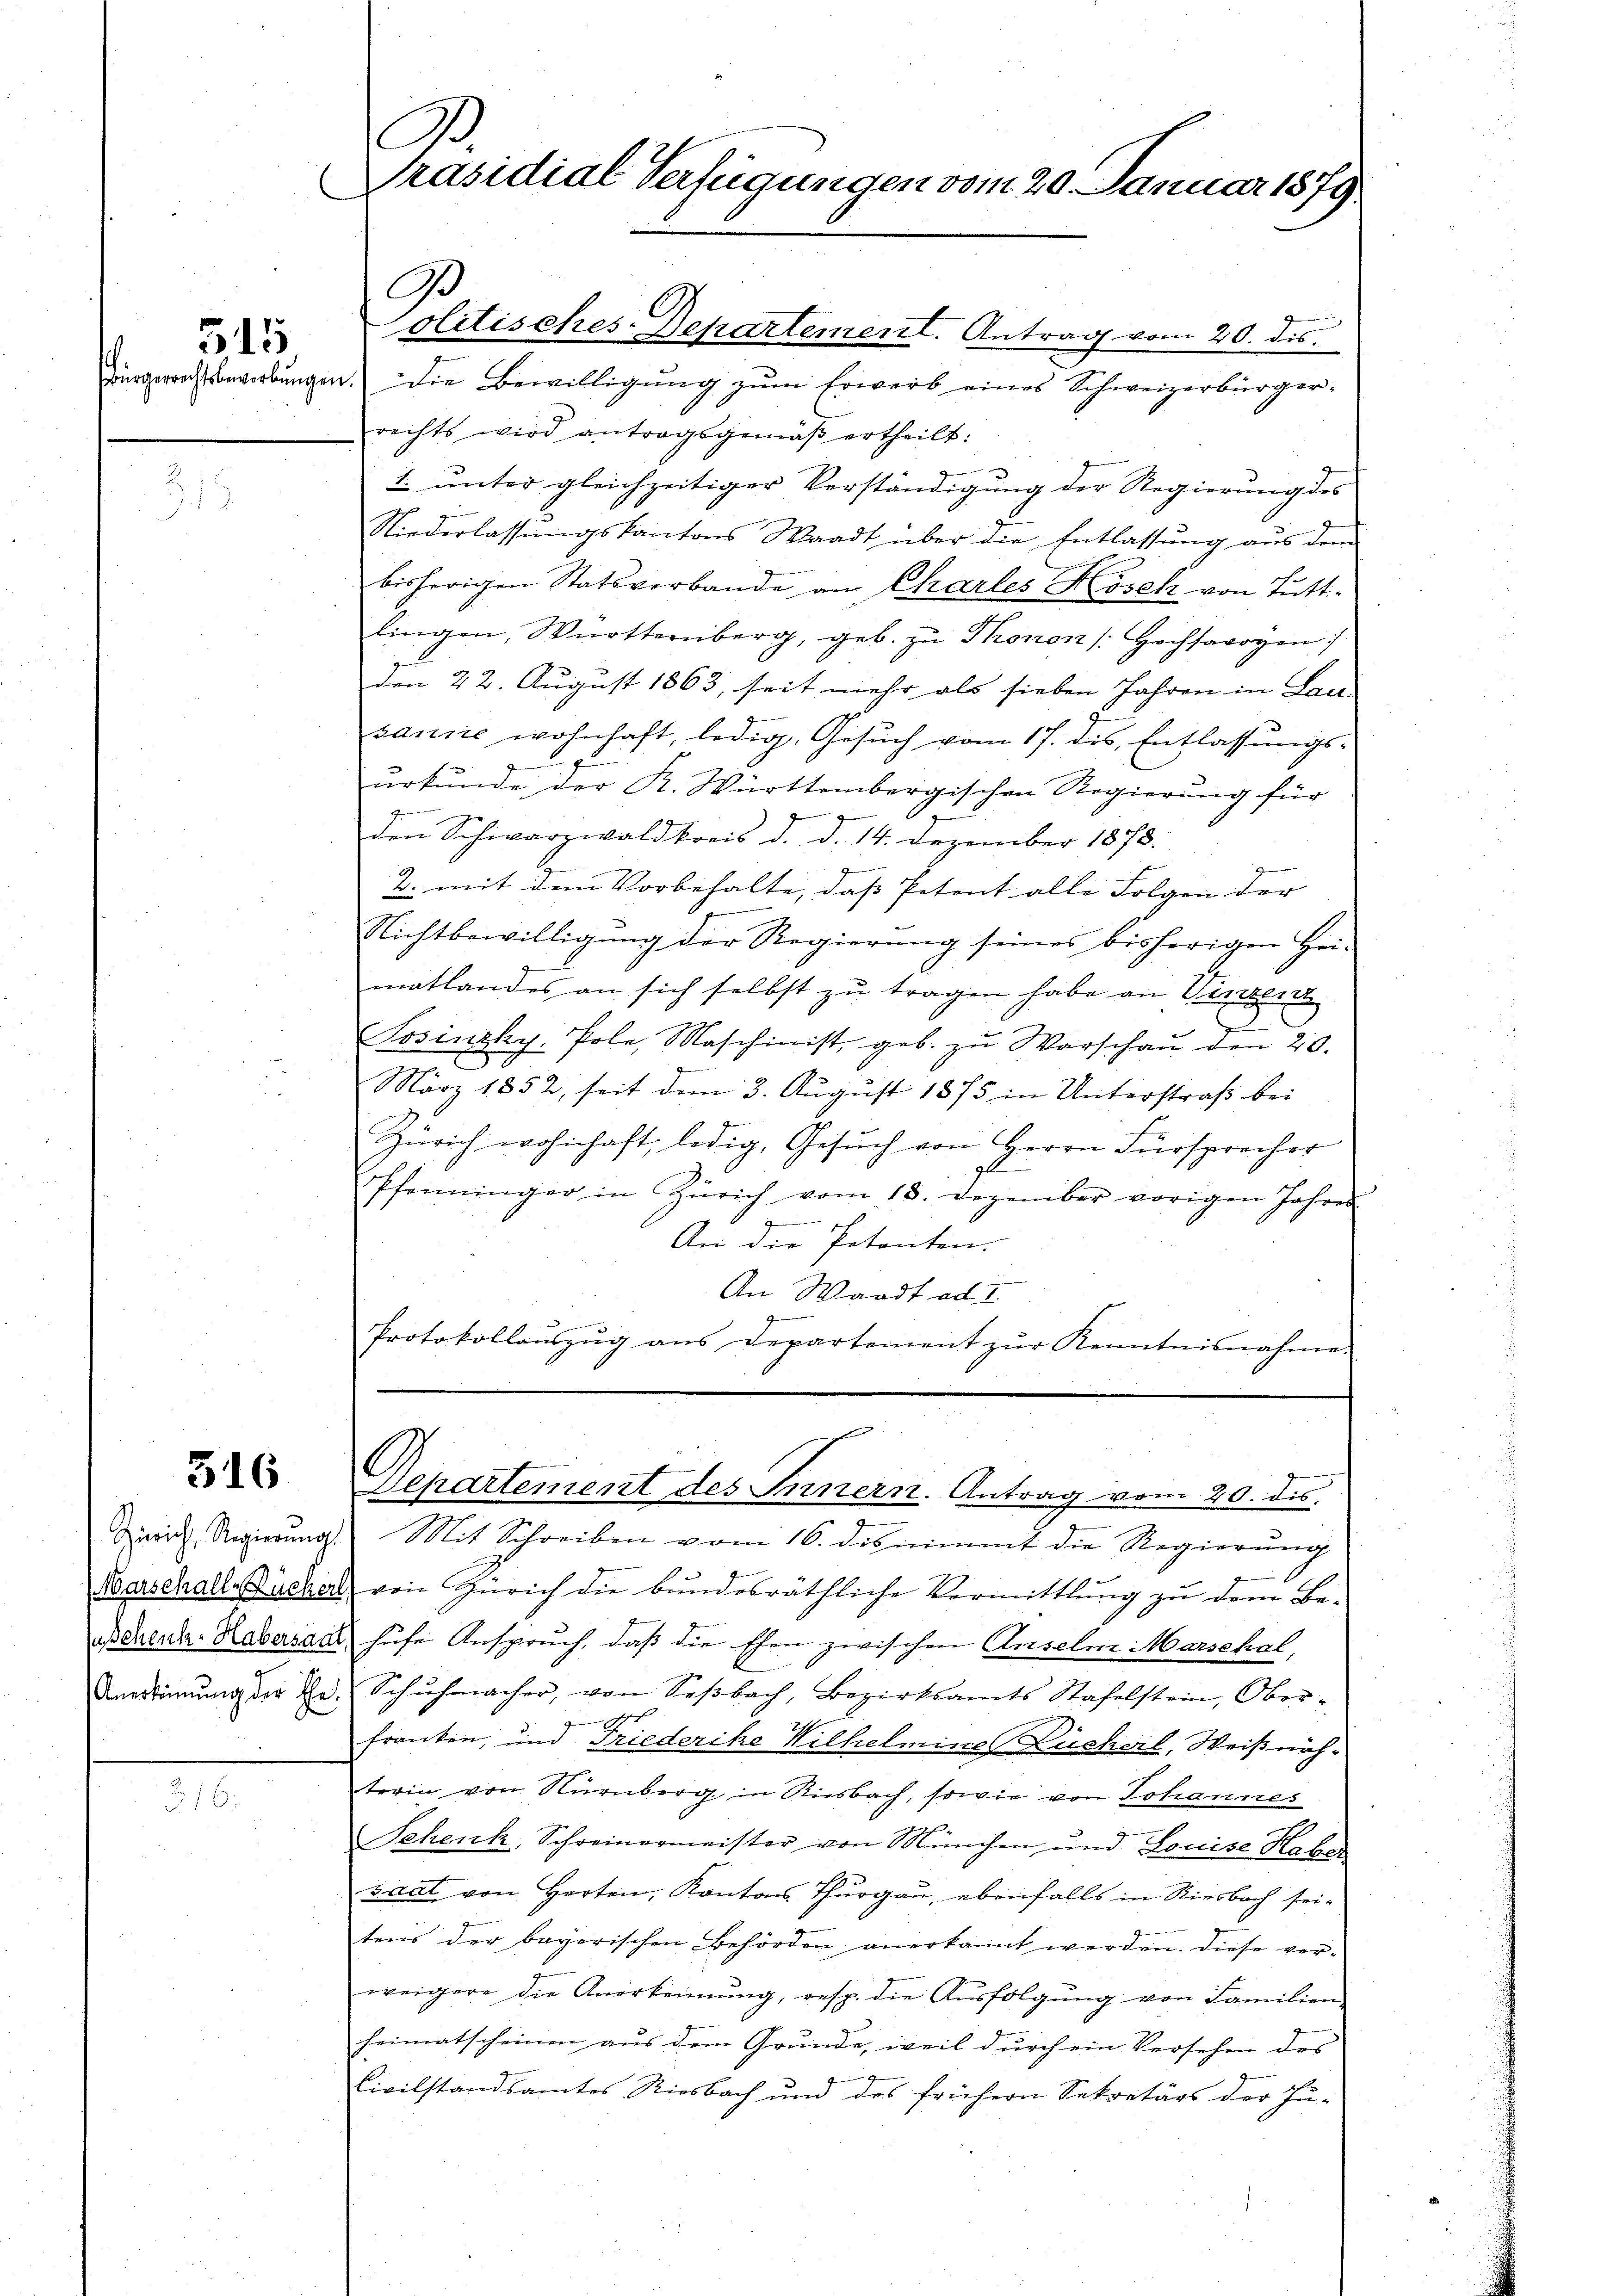
515

516

A
Präsidial-Verfügungen vom 20. Januar 1879
e

3

olitisches-Departement. Antrag vom 20. ds.
Bürgerrechtsbewerbŭngen. Die Bewilligŭng zŭm Erwerb eines Schweizerbürger-
rechts wird antragsgemäβ ertheilt:
1. unter gleichzeitiger Verständigung der Regierung des
Niederlassŭngskantons Waadt über die Entlassŭng aus dem
bisherigen Statsverbande an Charles Hosek von Tuttlingen, Württemberg, geb. zu Thonons Hochsavoyen
den 22. August 1863, seit mehr als sieben Jahren in Lau-
sanie wohnhaft, ledig, Gesŭch vom 17. des Entlassŭngs-
urkunde der K. Württembergischen Regierung für
zu se
9
den Schwarzwaldkreis d. d. 14. Dezember 1878.
2. mit dem Vorbehalte, daß Petent alle Folgen der
Nichtbewilligung der Regierung seines bisherigen Hei-
matlandes an sich selbst zu tragen habe an Verden
Sosinzky. Pole, Maschinist, geb. zŭ Warschaŭ den 20.
März 1852, seit dem 3. August 1875 in Unterstraß bei
Zürich wohnhaft, ledig, Gesuch von Herrn Fürsprecher
Pfenninger in Zürich vom 13. Dezember vorigen Jahren
An die Potenten.
An Waadt ad I.
Protokollaŭszŭg ans Departement zŭr Kenntnisnahme

Zürich Regierŭng Mit Schreiben vom 16. disnimmt die Regierŭng
Barschalle Büchel von Zürich die bundesräthliche Vermittlung zu dem Be-
ochen Rabersaar hufe Anspruch, daß die Ehen zwischen Auseln Marschal,
nestinŭng der Hr. Schŭhmacher, von Seβbach, Bezirksamts Stafelstein, Ober-
d
franken, und Friederike Wilhelmine Lücherl, Weißnäh-
terin von Nürnberg in Riesbach, sowie von Johannes
Schenk, Schreinermeister von München und Louise Haber
saat von Herten, Kantons Thurgau, ebenfalls in Riesbach seitens der bayerischen Behörden anerkannt werden. Diese ver-
weigere die Anerkennung, resp. die Aŭsfolgŭng von Familien-
heimatscheinen aus dem Grunde, weil durch ein Versehen des
Civilstandsamtes Riesbach und des frühern Sekretärs der Ju-

.
Departement des Innern. Antrag vom 20. ds.